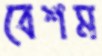
বেশম